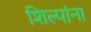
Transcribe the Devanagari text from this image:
शिल्पांना